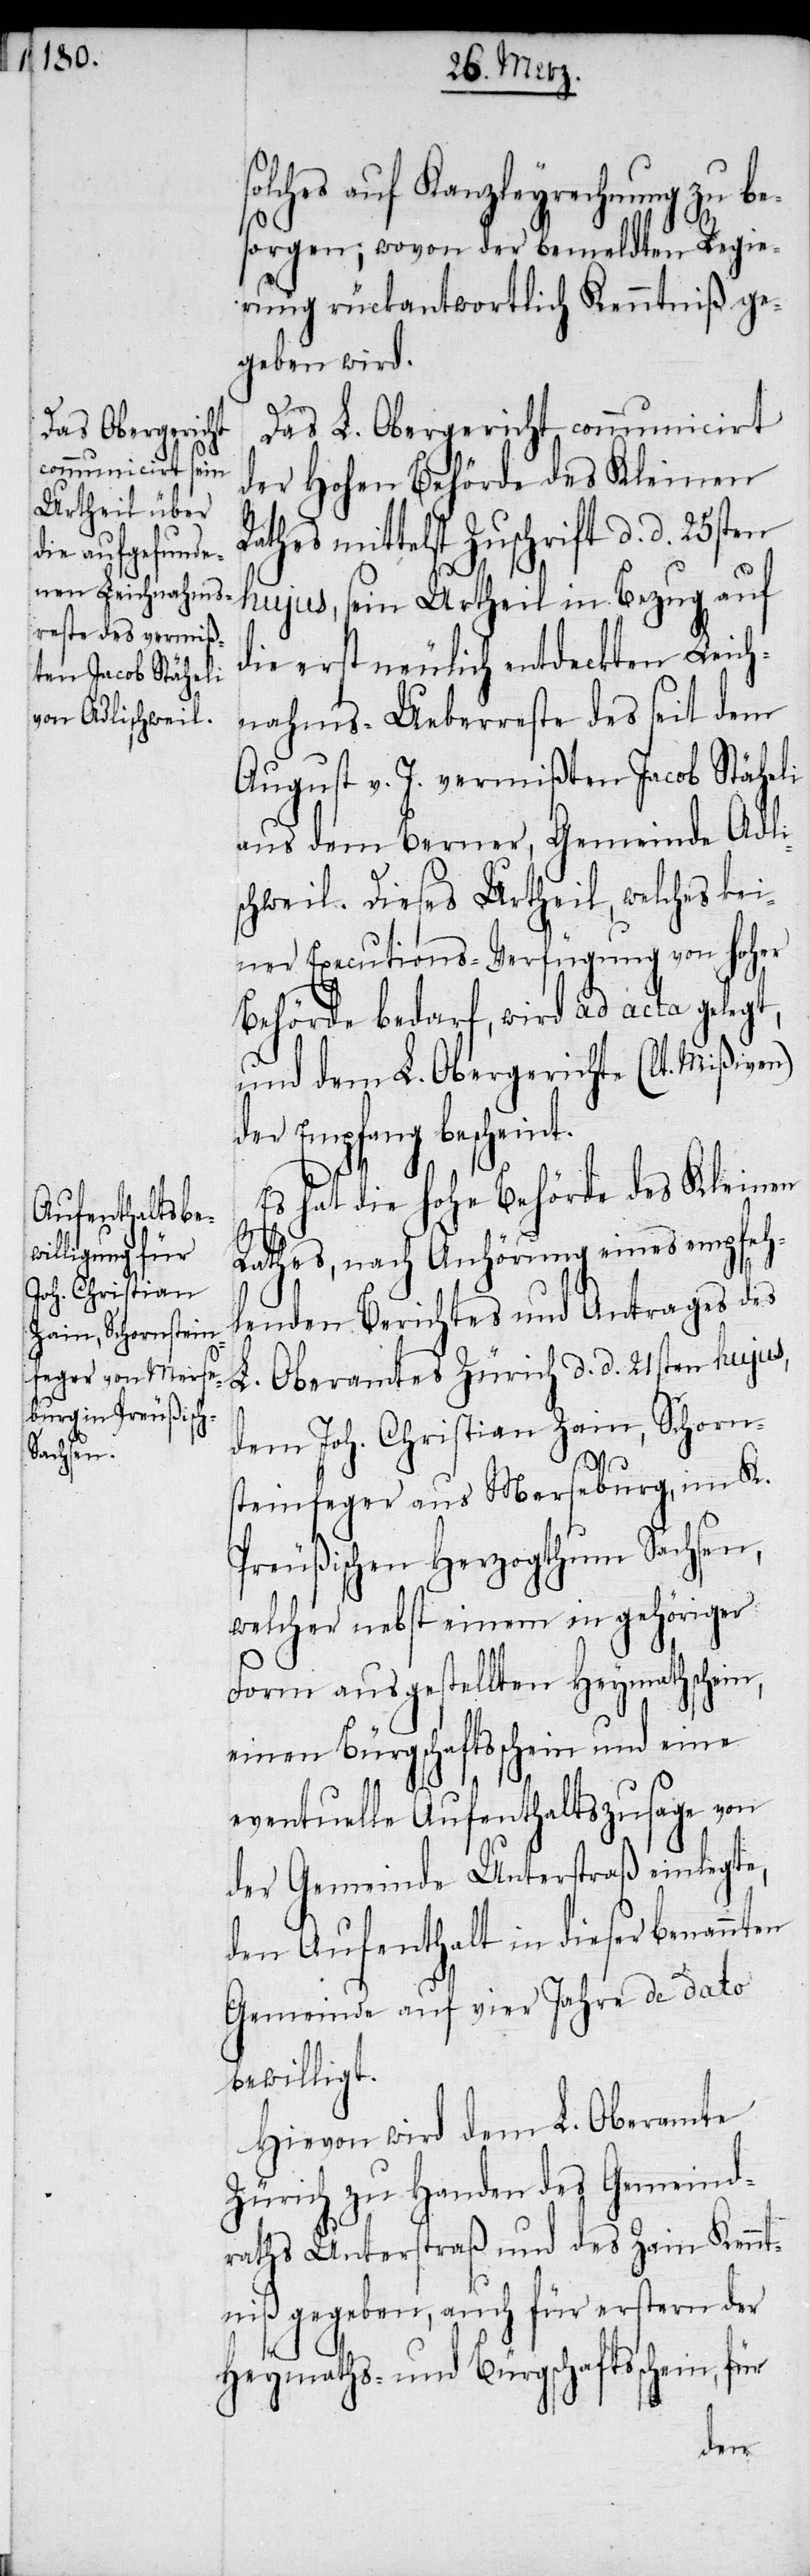
solches auf Kanzleyrechnung zu be¬
sorgen; wovon der bemeldten Regie¬
rung rückantwortlich Kenntniß ge¬
geben wird.
Das L. Obergericht communicirt
der Hohen Behörde des Kleinen
Rathes mittelst Zuschrift d. d. 25sten
hujus, sein Urtheil in Bezug auf
die erst neulich entdeckten Leich¬
nahms-Ueberreste des seit dem
August v. J. vermißten Jacob Stäheli
aus dem Berner, Gemeinde Adlis¬
chweil. Dieses Urtheil, welches kei¬
ner Executions-Verfügung von hoher
Behörde bedarf, wird ad acta gelegt,
und dem L. Obergerichte (lt. Mißiven)
der Empfang bescheint.
Es hat die hohe Behörde des Kleinen
Rathes, nach Anhörung eines empfeh¬
lenden Berichtes und Antrages des
L. Oberamtes Zürich d. d. 21sten hujus,
dem Joh. Christian Zain, Schorn¬
steinfeger aus Merseburg, im K.
Preußischen Herzogthum Sachsen,
welcher nebst einem in gehöriger
Form ausgestellten Heymathschein,
einen Bürgschaftsschein und eine
eventuelle Aufenthaltszusage von
der Gemeinde Unterstraß einlegte,
den Aufenthalt in dieser benannten
Gemeinde auf vier Jahre de dato
bewilligt.
Hievon wird dem L. Oberamte
Zürich zu Handen des Gemeind¬
raths Unterstraß und des Zain Kennt¬
niß gegeben, auch für erstern der
Heymaths- und Bürgschaftsschein, für